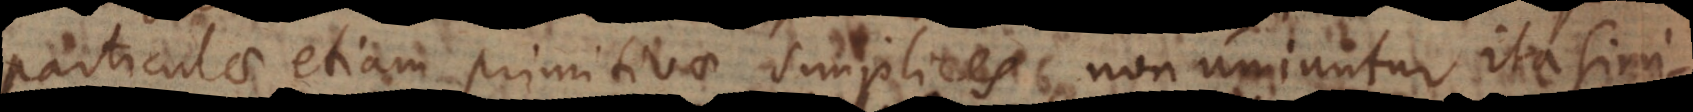
particulae etiam primitivae simplices non uniuntur ita simi